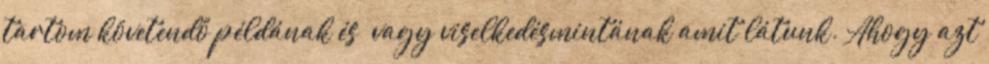
tartom követendő példának és vagy viselkedésmintának amit látunk. Ahogy azt